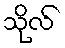
သိုလ်